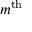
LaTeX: m ^ { \mathrm { t h } }